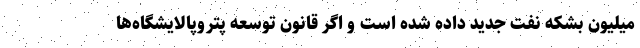
میلیون بشکه نفت جدید داده شده است و اگر قانون توسعه پتروپالایشگاه‌ها